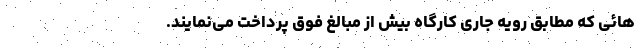
هائی که مطابق رویه جاری کارگاه بیش از مبالغ فوق پرداخت می‌نمایند.